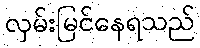
လှမ်းမြင်နေရသည်